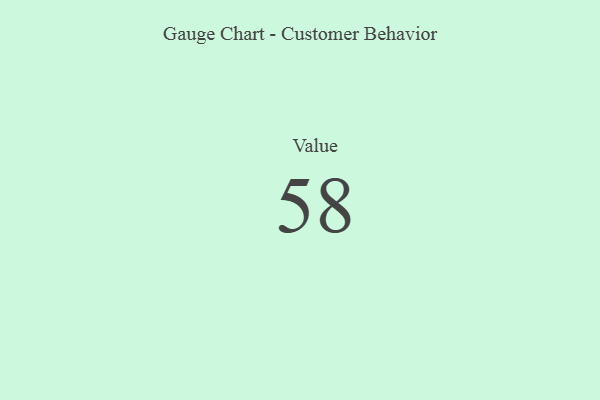
{"axis": {"x": "Metric", "y": "Value"}, "legend": [""], "data": [{"x": "Value", "y": 58, "type": ""}]}